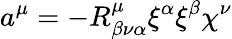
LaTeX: a^{\mu}=-R_{\beta\nu\alpha}^{\mu}\xi^{\alpha}\xi^{\beta}\chi^{\nu}